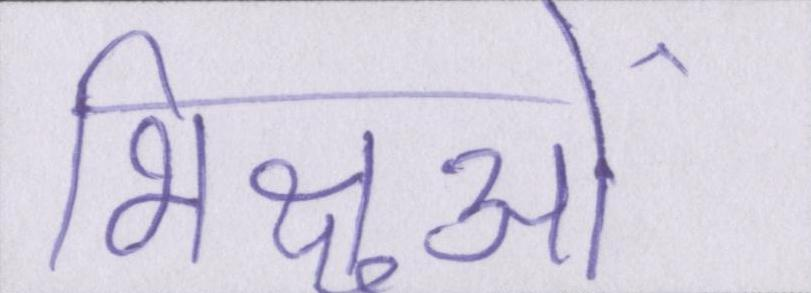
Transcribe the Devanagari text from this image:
भिक्षुओं